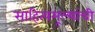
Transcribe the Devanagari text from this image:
साहित्यमूल्यांची